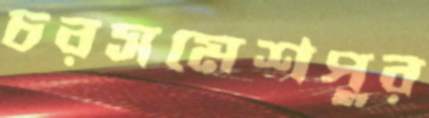
চরসমেশপুর